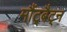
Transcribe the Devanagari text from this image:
मौंट्बैट्न